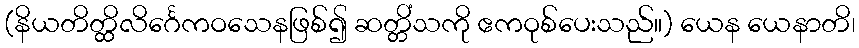
(နိယတိတ္ထိလိင်္ဂေကဝသေနဖြစ်၍ ဆတ္တိံသကို ဧကဝုစ်ပေးသည်။) ယေန ယေနာတိ၊